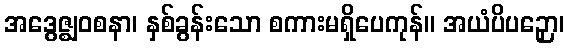
အဒွေဇ္ဈဝစနာ၊ နှစ်ခွန်းသော စကားမရှိပေကုန်။ အယံပိပဉှော၊